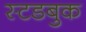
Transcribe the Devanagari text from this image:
स्टडबुक